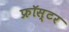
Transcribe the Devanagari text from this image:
फ्रॉस्टर